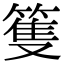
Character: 篗